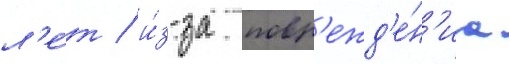
л'е́т / и́з-за повр'ежд'е́н'иа